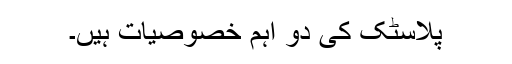
پلاسٹک کی دو اہم خصوصیات ہیں۔